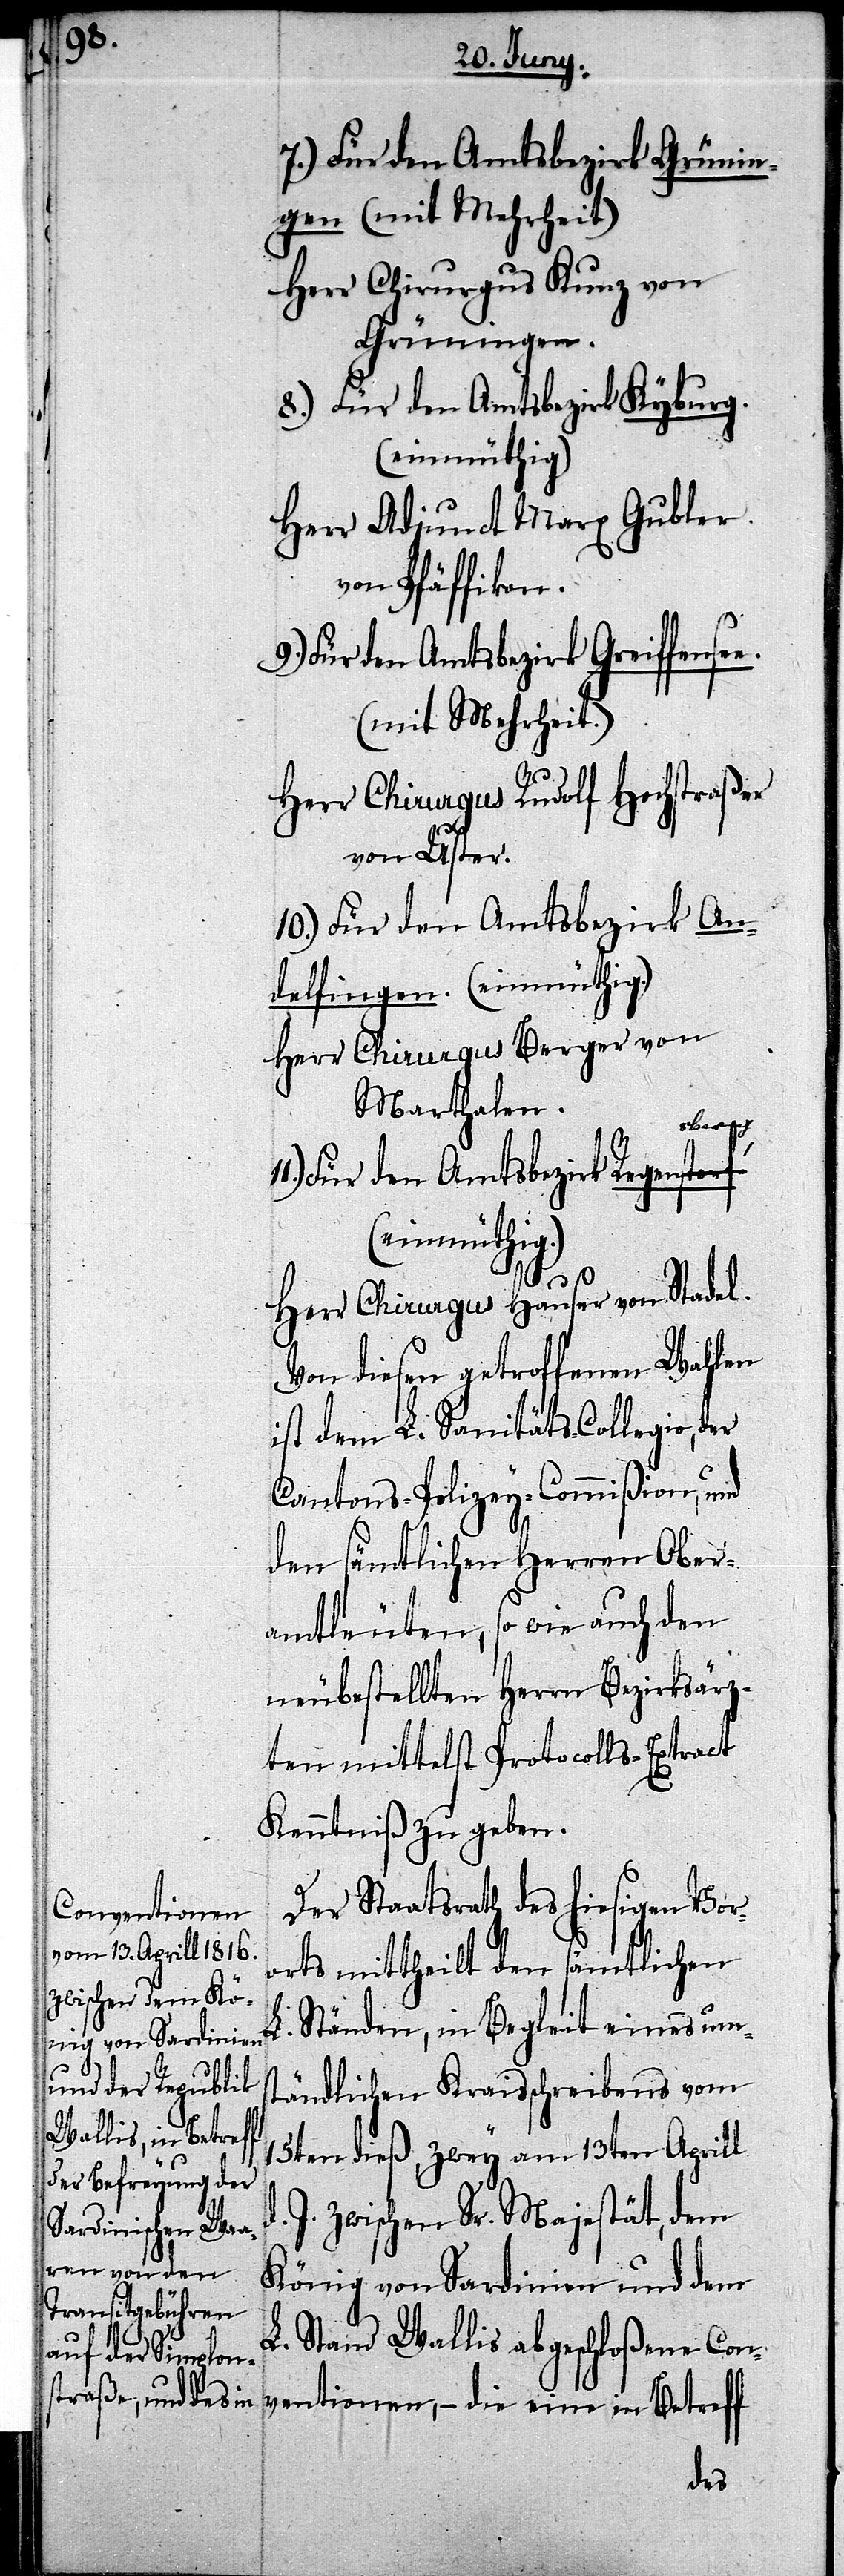
7.) Für den Amtsbezirk Grünin¬
gen (mit Mehrheit)
Herr Chirurgus Kunz von
Grüningen.
8.) Für den Amtsbezirk Kyburg.
(einmüthig)
Herr Adjunct Marx Gubler
von Pfäffikon.
9.) Für den Amtsbezirk Greiffensee.
(mit Mehrheit.)
Herr Chirurgus Rudolf Hochstraßer
von Uster.
11.) Für den Amtsbezirk R¬
delfingen. (einmüthig.)
Herr Chirurgus Berger von
Marthalen.
berg
(einmüthig.)
d.
Herr Chirurgus Hauser von Stadel.
Von diesen getroffenen Wahlen
ist dem L. Sanitäts-Collegio,
Cantons-Polizey-Commißion, und
den sämtlichen Herren Ober¬
amtleuten, so wie auch den
neubestellten Herrn Bezirksärz¬
ten mittelst Protocolls-Extract
Kenntniß zu geben.
Der Staatsrath des hiesigen Vor¬
orts mittheilt den sämtlichen
L. Ständen, in Begleit eines ums¬
tändlichen Kraisschreibens vom
15ten dieß, zwey am 13ten Aprill
J. zwischen Sr. Majestät, dem
König von Sardinien und dem
L. Stand Wallis abgeschloßene Con¬
ventionen, – die eine in Betreff
der